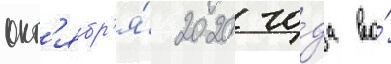
окт'ябр'я́ 2020 го́да во́